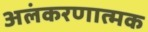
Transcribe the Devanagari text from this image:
अलंकरणात्मक